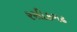
રસીકગઢ